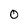
Character: O